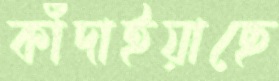
কাঁদাইয়াছে